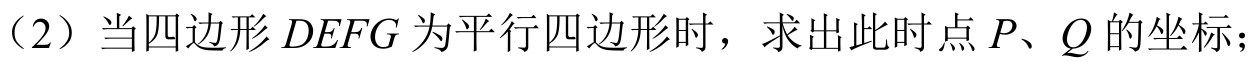
（2）当四边形\(DEFG\)为平行四边形时，求出此时点\(P\)、\(Q\)的坐标；